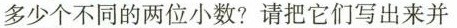
多少个不同的两位小数?请把它们写出来并